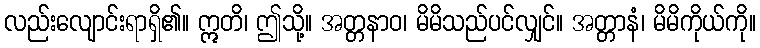
လည်းလျောင်းရာရှိ၏။ ဣတိ၊ ဤသို့။ အတ္တနာဝ၊ မိမိသည်ပင်လျှင်။ အတ္တာနံ၊ မိမိကိုယ်ကို။